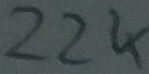
Text: 22K